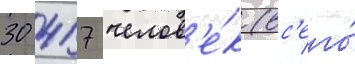
30 417 челов'е́к (вс'его́